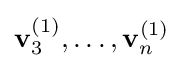
\mathbf {v} _{3}^{(1)},\dots ,\mathbf {v} _{n}^{(1)}